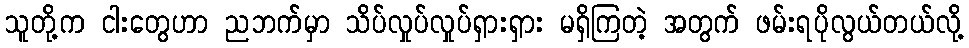
သူတို့က ငါးတွေဟာ ညဘက်မှာ သိပ်လှုပ်လှုပ်ရှားရှား မရှိကြတဲ့ အတွက် ဖမ်းရပိုလွယ်တယ်လို့